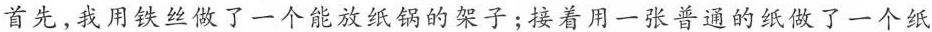
首先，我用铁丝做了一个能放纸锅的架子；接着用一张普通的纸做了一个纸